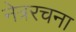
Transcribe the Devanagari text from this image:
नेत्ररचना